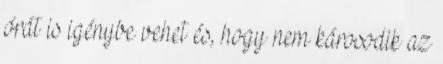
órát is igénybe vehet és, hogy nem károsodik az